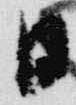
日